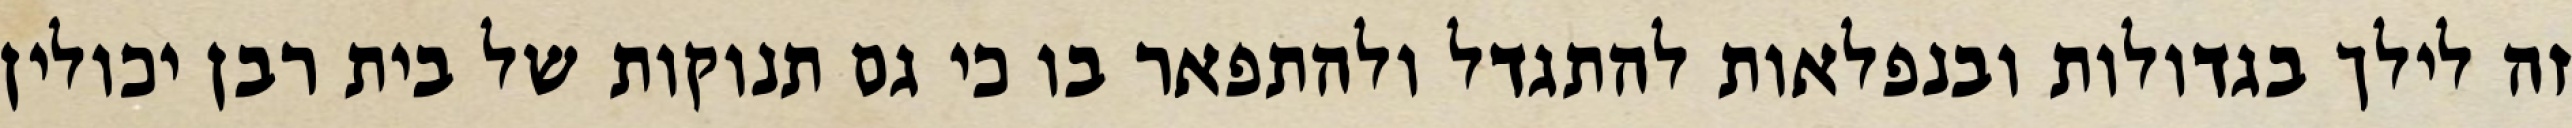
זה לילך בגדולות ובנפלאות להתגדל ולהתפאר בו כי גם תנוקות של בית רבן יכולין